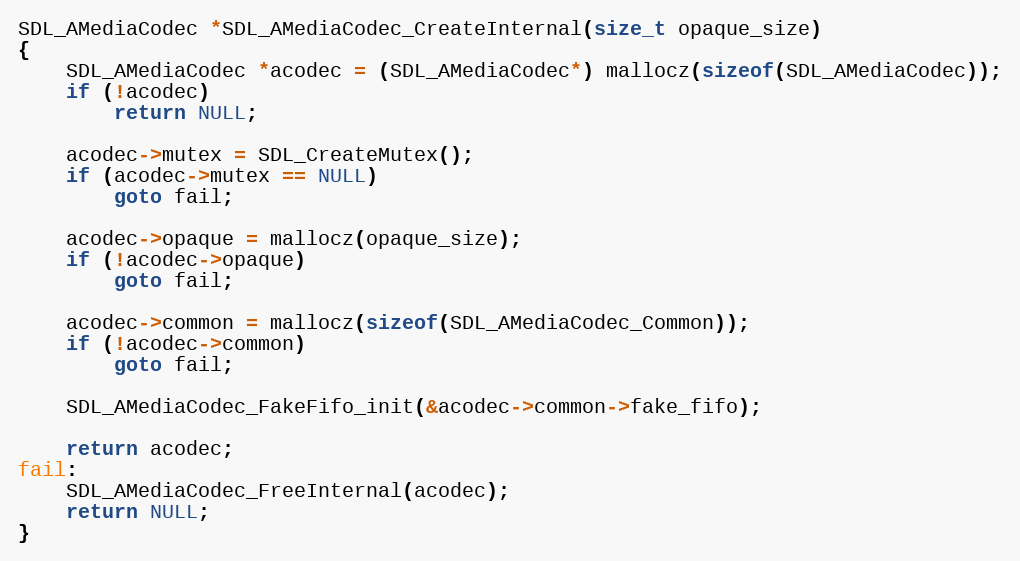
Language: C
SDL_AMediaCodec *SDL_AMediaCodec_CreateInternal(size_t opaque_size)
{
    SDL_AMediaCodec *acodec = (SDL_AMediaCodec*) mallocz(sizeof(SDL_AMediaCodec));
    if (!acodec)
        return NULL;

    acodec->mutex = SDL_CreateMutex();
    if (acodec->mutex == NULL)
        goto fail;

    acodec->opaque = mallocz(opaque_size);
    if (!acodec->opaque)
        goto fail;

    acodec->common = mallocz(sizeof(SDL_AMediaCodec_Common));
    if (!acodec->common)
        goto fail;

    SDL_AMediaCodec_FakeFifo_init(&acodec->common->fake_fifo);

    return acodec;
fail:
    SDL_AMediaCodec_FreeInternal(acodec);
    return NULL;
}